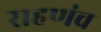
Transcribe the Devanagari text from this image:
राहणंच